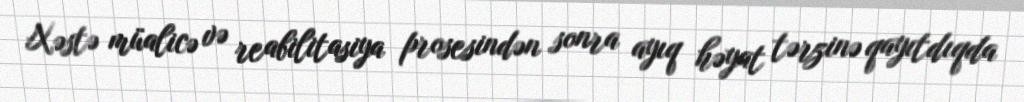
Xəstə müalicə və reabilitasiya prosesindən sonra ayıq həyat tərzinə qayıtdıqda